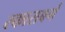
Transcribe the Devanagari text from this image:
स्कासबर्ग